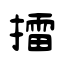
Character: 擂